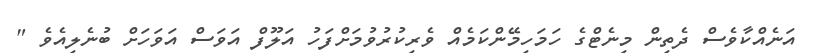
އަނެއްކާވެސް ދެތިން މިނެޓްގެ ހަމަހިމޭންކަމެއް ވެރިކުރުވުމަށްފަހު އަލޫފް އަވަސް އަވަހަށް ބުނެލިއެވެ "